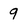
Character: 9